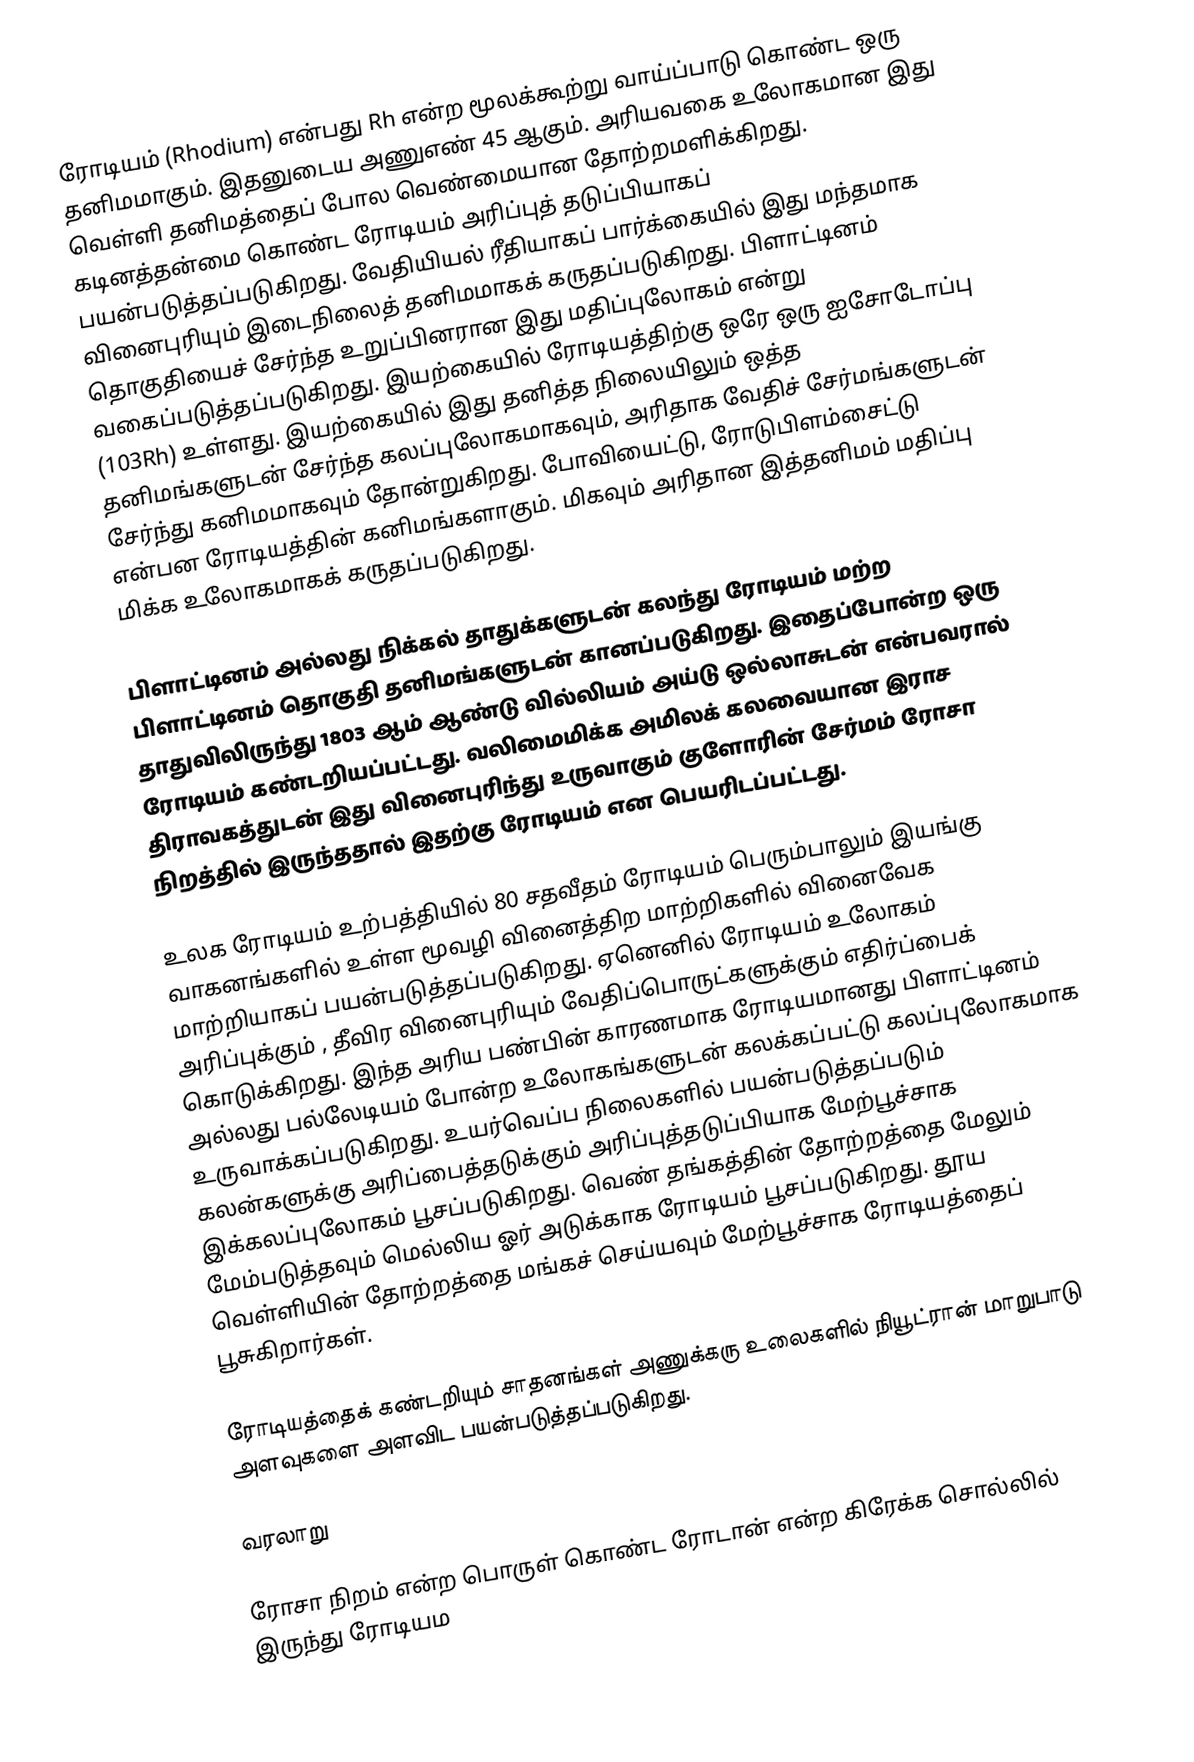
ரோடியம் (Rhodium) என்பது Rh என்ற மூலக்கூற்று வாய்ப்பாடு கொண்ட ஒரு தனிமமாகும். இதனுடைய அணுஎண் 45 ஆகும். அரியவகை உலோகமான இது வெள்ளி தனிமத்தைப் போல வெண்மையான தோற்றமளிக்கிறது. கடினத்தன்மை கொண்ட ரோடியம் அரிப்புத் தடுப்பியாகப் பயன்படுத்தப்படுகிறது. வேதியியல் ரீதியாகப் பார்க்கையில் இது மந்தமாக வினைபுரியும் இடைநிலைத் தனிமமாகக் கருதப்படுகிறது. பிளாட்டினம் தொகுதியைச் சேர்ந்த உறுப்பினரான இது மதிப்புலோகம் என்று வகைப்படுத்தப்படுகிறது. இயற்கையில் ரோடியத்திற்கு ஒரே ஒரு ஐசோடோப்பு (103Rh) உள்ளது. இயற்கையில் இது தனித்த நிலையிலும் ஒத்த தனிமங்களுடன் சேர்ந்த கலப்புலோகமாகவும், அரிதாக வேதிச் சேர்மங்களுடன் சேர்ந்து கனிமமாகவும் தோன்றுகிறது. போவியைட்டு, ரோடுபிளம்சைட்டு என்பன ரோடியத்தின் கனிமங்களாகும். மிகவும் அரிதான இத்தனிமம் மதிப்பு மிக்க உலோகமாகக் கருதப்படுகிறது.

பிளாட்டினம் அல்லது நிக்கல் தாதுக்களுடன் கலந்து ரோடியம் மற்ற பிளாட்டினம் தொகுதி தனிமங்களுடன் கானப்படுகிறது. இதைப்போன்ற ஒரு தாதுவிலிருந்து 1803 ஆம் ஆண்டு வில்லியம் அய்டு ஒல்லாசுடன் என்பவரால் ரோடியம் கண்டறியப்பட்டது. வலிமைமிக்க அமிலக் கலவையான இராச திராவகத்துடன் இது வினைபுரிந்து உருவாகும் குளோரின் சேர்மம் ரோசா நிறத்தில் இருந்ததால் இதற்கு ரோடியம் என பெயரிடப்பட்டது.

உலக ரோடியம் உற்பத்தியில் 80 சதவீதம் ரோடியம் பெரும்பாலும் இயங்கு வாகனங்களில் உள்ள மூவழி வினைத்திற மாற்றிகளில் வினைவேக மாற்றியாகப் பயன்படுத்தப்படுகிறது. ஏனெனில் ரோடியம் உலோகம் அரிப்புக்கும் , தீவிர வினைபுரியும் வேதிப்பொருட்களுக்கும் எதிர்ப்பைக் கொடுக்கிறது. இந்த அரிய பண்பின் காரணமாக ரோடியமானது பிளாட்டினம் அல்லது பல்லேடியம் போன்ற உலோகங்களுடன் கலக்கப்பட்டு கலப்புலோகமாக உருவாக்கப்படுகிறது. உயர்வெப்ப நிலைகளில் பயன்படுத்தப்படும் கலன்களுக்கு அரிப்பைத்தடுக்கும் அரிப்புத்தடுப்பியாக மேற்பூச்சாக இக்கலப்புலோகம் பூசப்படுகிறது. வெண் தங்கத்தின் தோற்றத்தை மேலும் மேம்படுத்தவும் மெல்லிய ஓர் அடுக்காக ரோடியம் பூசப்படுகிறது. தூய வெள்ளியின் தோற்றத்தை மங்கச் செய்யவும் மேற்பூச்சாக ரோடியத்தைப் பூசுகிறார்கள்.

ரோடியத்தைக் கண்டறியும் சாதனங்கள் அணுக்கரு உலைகளில் நியூட்ரான் மாறுபாடு அளவுகளை அளவிட பயன்படுத்தப்படுகிறது.

வரலாறு

ரோசா நிறம் என்ற பொருள் கொண்ட ரோடான் என்ற கிரேக்க சொல்லில் இருந்து ரோடியம